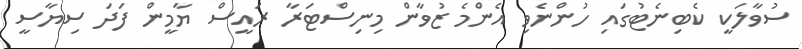
ސުވާލަކީ ކެބިނެޓުގައި ހުންނެވި އެންމެ ޒުވާން މިނިސްޓަރާ ރައީސް ޔާމީން ފަދަ ސިޔާސީ